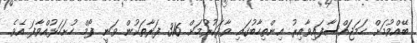
ބޭއްވުމަށް ހަމަޖައްސާފައިވާއިރު އިންތިހާބުގައި ވާދަކުރުމަށް 316 ފަރާތަކުން ވަނީ ފޯމް ހުށަހަޅުއްވާފަ އެވެ.